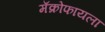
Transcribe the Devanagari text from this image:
मॅक्रोफायला